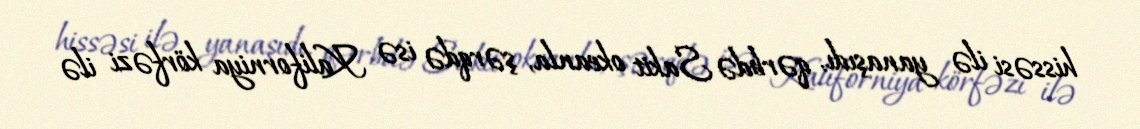
hissəsi ilə yanaşıdı, qərbdə Sakit okeanla, şərqdə isə Kaliforniya körfəzi ilə